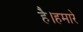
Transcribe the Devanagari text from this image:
है।हमारे